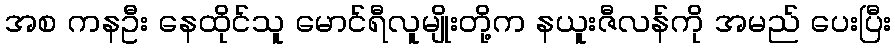
အစ ကနဦး နေထိုင်သူ မောင်ရီလူမျိုးတို့က နယူးဇီလန်ကို အမည် ပေးပြီး